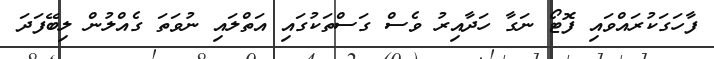
ފާހަގަކުރައްވައި ފޮޓޯ ނަގާ ހަދާއިރު ވެސް ގަސްތަކުގައި އަތްލައި ނުވަތަ ގެއްލުން ލިބޭފަދަ